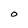
Character: O